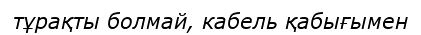
тұрақты болмай, кабель қабығымен